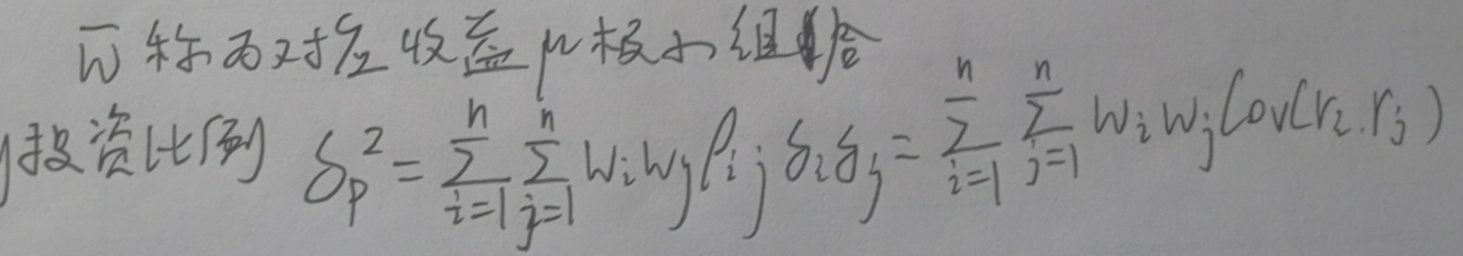
\(\overline{w}\)称为对应收益\(\mu\)极小组合投资比例。
\(\delta_{p}^{2}=\sum_{i = 1}^{n}\sum_{j = 1}^{n}w_{i}w_{j}\rho_{ij};\delta_{i}\delta_{j}=\sum_{i = 1}^{n}\sum_{j = 1}^{n}w_{i}w_{j}\mathrm{Cov}(r_{i},r_{j})\)